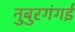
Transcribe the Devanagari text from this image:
नुबुरगंगई